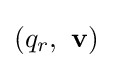
\left(q_{r},\ \mathbf {v} \right)